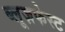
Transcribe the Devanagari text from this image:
ब्लूज़फेस्ट